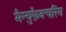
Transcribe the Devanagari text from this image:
मैन्युफ़ैक्चरिंग